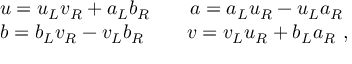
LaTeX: \begin{array} { l } { { u = u _ { L } v _ { R } + a _ { L } b _ { R } \qquad a = a _ { L } u _ { R } - u _ { L } a _ { R } } } \\ { { b = b _ { L } v _ { R } - v _ { L } b _ { R } \, \qquad v = v _ { L } u _ { R } + b _ { L } a _ { R } \, \, , } } \end{array}